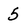
Character: 5